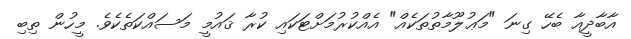
އާބާދީއާ ބެހޭ ގިނަ "މަޢުލޫމާތުތަކެއް" އެއްކުރުމަށްޓަކައި ކުރާ ޤައުމީ މަސައްކަތެކެވެ. މީހުން ތިބި